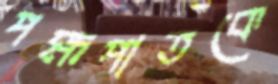
পক্ষপাতকে